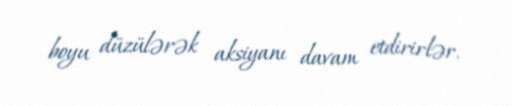
boyu düzülərək aksiyanı davam etdirirlər.